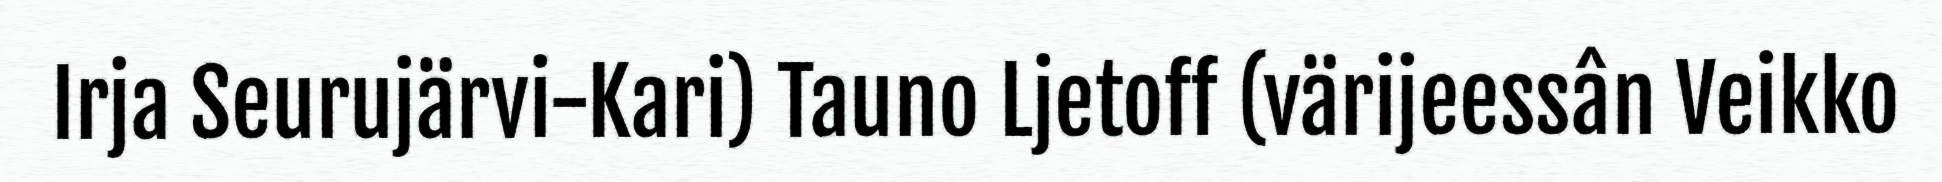
Irja Seurujärvi-Kari) Tauno Ljetoff (värijeessân Veikko